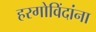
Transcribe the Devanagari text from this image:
हरगोविंदांना